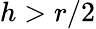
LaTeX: h>r/2